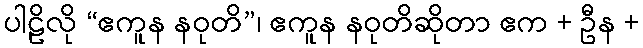
ပါဠိလို “ဧကူန နဝုတိ”၊ ဧကူန နဝုတိဆိုတာ ဧက + ဦန +